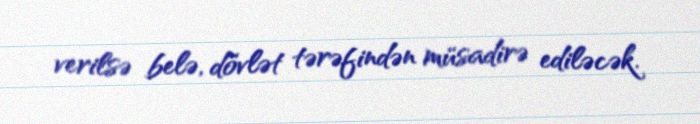
verilsə belə, dövlət tərəfindən müsadirə ediləcək.